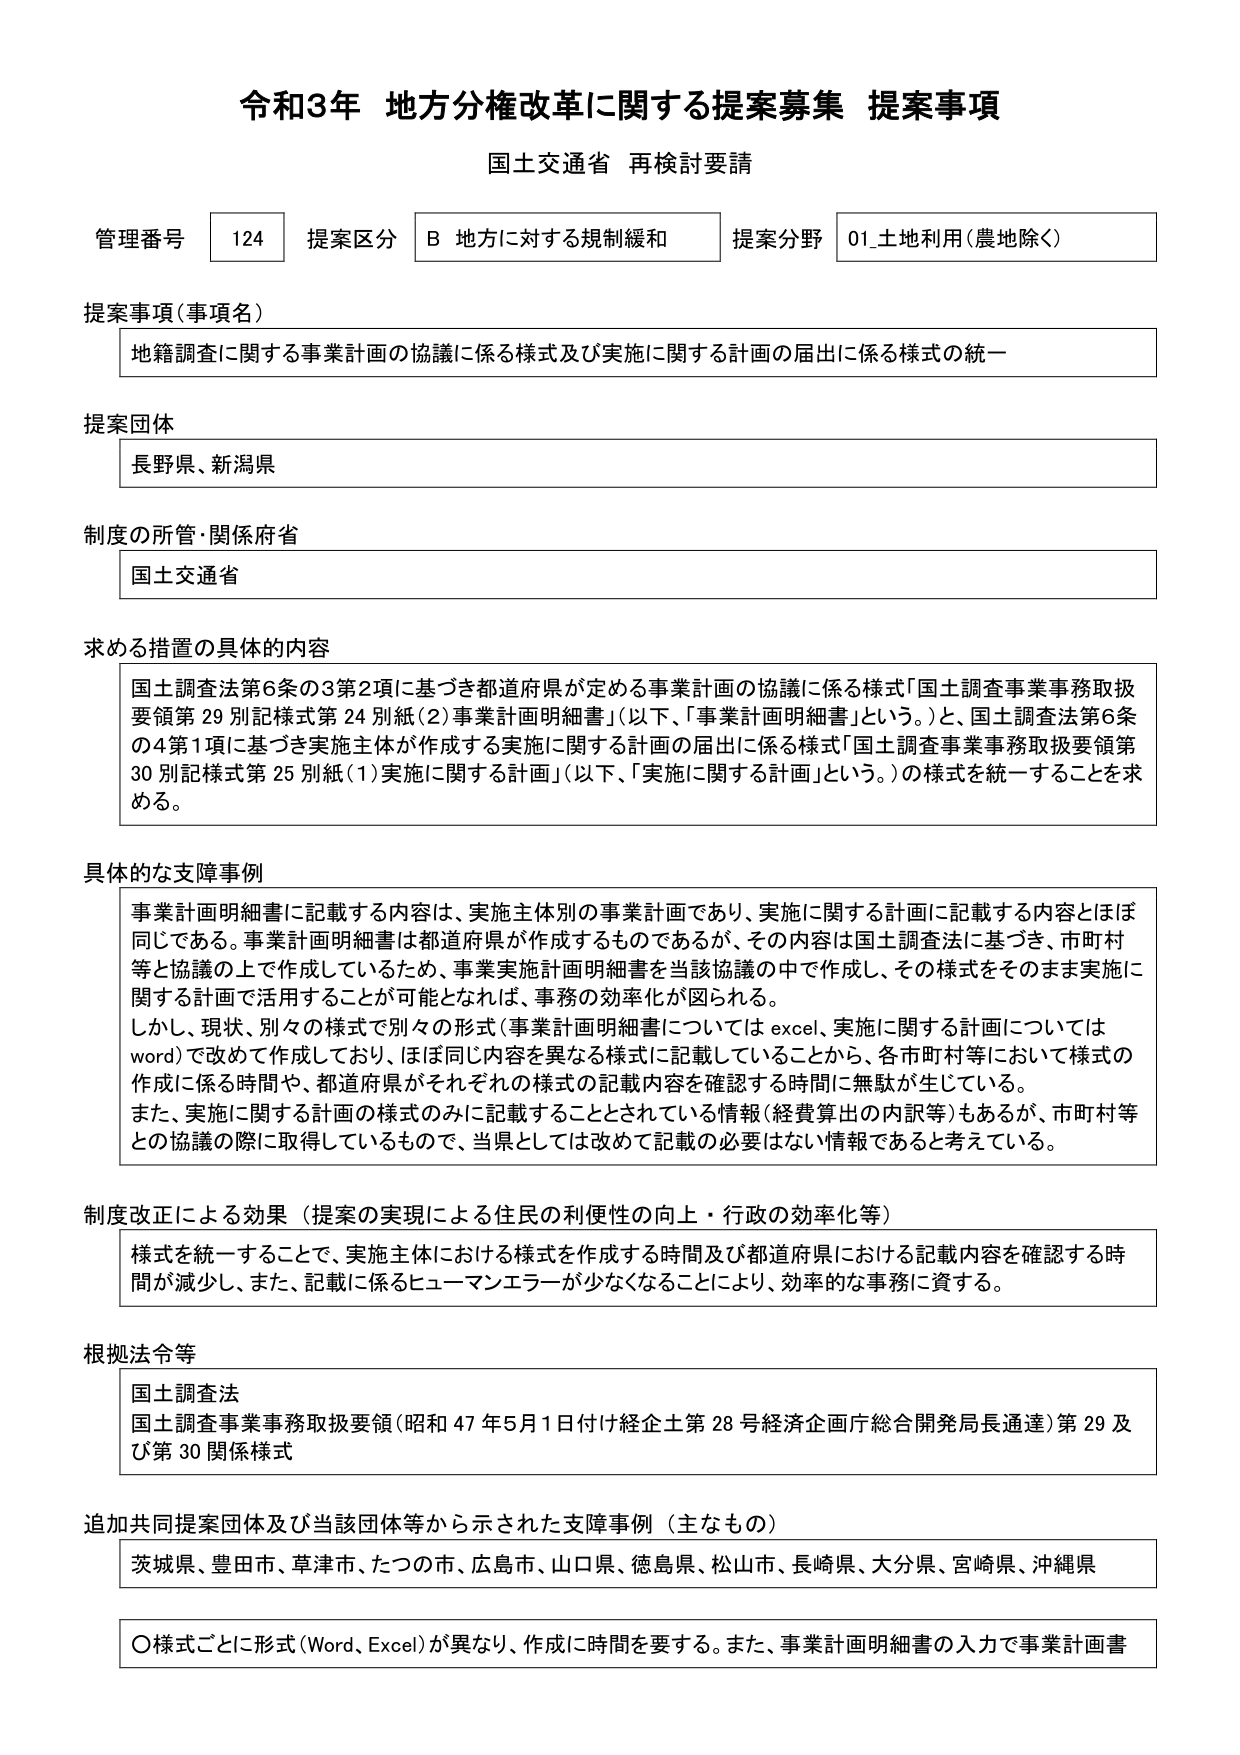
令和3年 地方分権改革に関する提案募集 提案事項
国土交通省 再検討要請

管理番号 124 提案区分 B 地方に対する規制緩和 提案分野 01_土地利用（農地除く）

提案事項（事項名）
地籍調査に関する事業計画の協議に係る様式及び実施に関する計画の届出に係る様式の統一

提案団体
長野県、新潟県

制度の所管・関係府省
国土交通省

求める措置の具体的内容
国土調査法第6条の3第2項に基づき都道府県が定める事業計画の協議に係る様式「国土調査事業事務取扱要領第29別記様式第24別紙(2)事業計画明細書」（以下、「事業計画明細書」という。）と、国土調査法第6条の4第1項に基づき実施主体が作成する実施に関する計画の届出に係る様式「国土調査事業事務取扱要領第30別記様式第25別紙(1)実施に関する計画」（以下、「実施に関する計画」という。）の様式を統一することを求める。

具体的な支障事例
事業計画明細書に記載する内容は、実施主体別の事業計画であり、実施に関する計画に記載する内容とほぼ同じである。事業計画明細書は都道府県が作成するものであるが、その内容は国土調査法に基づき、市町村等と協議の上で作成しているため、事業実施計画明細書を当該協議の中で作成し、その様式をそのまま実施に関する計画で活用することが可能となれば、事務の効率化が図られる。
しかし、現状、別々の様式で別々の形式（事業計画明細書についてはexcel、実施に関する計画についてはword）で改めて作成しており、ほぼ同じ内容を異なる様式に記載していることから、各市町村等において様式の作成に係る時間や、都道府県がそれぞれの様式の記載内容を確認する時間に無駄が生じている。
また、実施に関する計画の様式のみに記載することとされている情報（経費算出の内訳等）もあるが、市町村等との協議の際に取得しているもので、当県としては改めて記載の必要はない情報であると考えている。

制度改正による効果（提案の実現による住民の利便性の向上・行政の効率化等）
様式を統一することで、実施主体における様式を作成する時間及び都道府県における記載内容を確認する時間が減少し、また、記載に係るヒューマンエラーが少なくなることにより、効率的な事務に資する。

根拠法令等
国土調査法
国土調査事業事務取扱要領（昭和47年5月1日付け経企土第28号経済企画庁総合開発局長通達）第29及び第30関係様式

追加共同提案団体及び当該団体等から示された支障事例（主なもの）
茨城県、豊田市、草津市、たつの市、広島市、山口県、徳島県、松山市、長崎県、大分県、宮崎県、沖縄県
〇様式ごとに形式（Word、Excel）が異なり、作成に時間を要する。また、事業計画明細書の入力で事業計画書